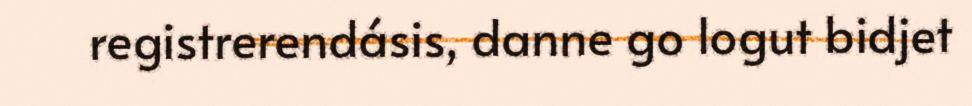
registrerendásis, danne go logut bidjet